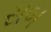
સબ